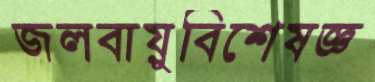
জলবায়ুবিশেষজ্ঞ